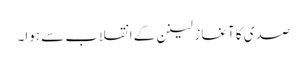
صدی کا آغاز لینن کے انقلاب سے ہوا۔